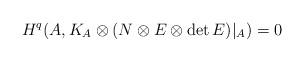
LaTeX: \begin{align*} H^q(A,K_A\otimes (N\otimes E\otimes\mathrm{det}\,E)|_A)=0 \end{align*}